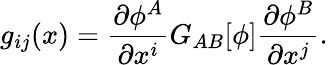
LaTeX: g_{ij}(x)=\frac{\partial\phi^{A}}{\partial x^{i}}G_{AB}[\phi]\frac{\partial\phi^{B}}{\partial x^{j}}.